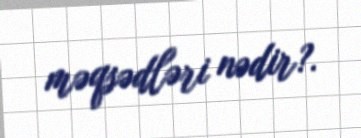
məqsədləri nədir?.